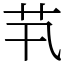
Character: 䒖